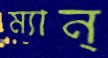
ম্যান্